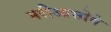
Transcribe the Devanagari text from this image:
मरीआसोवे